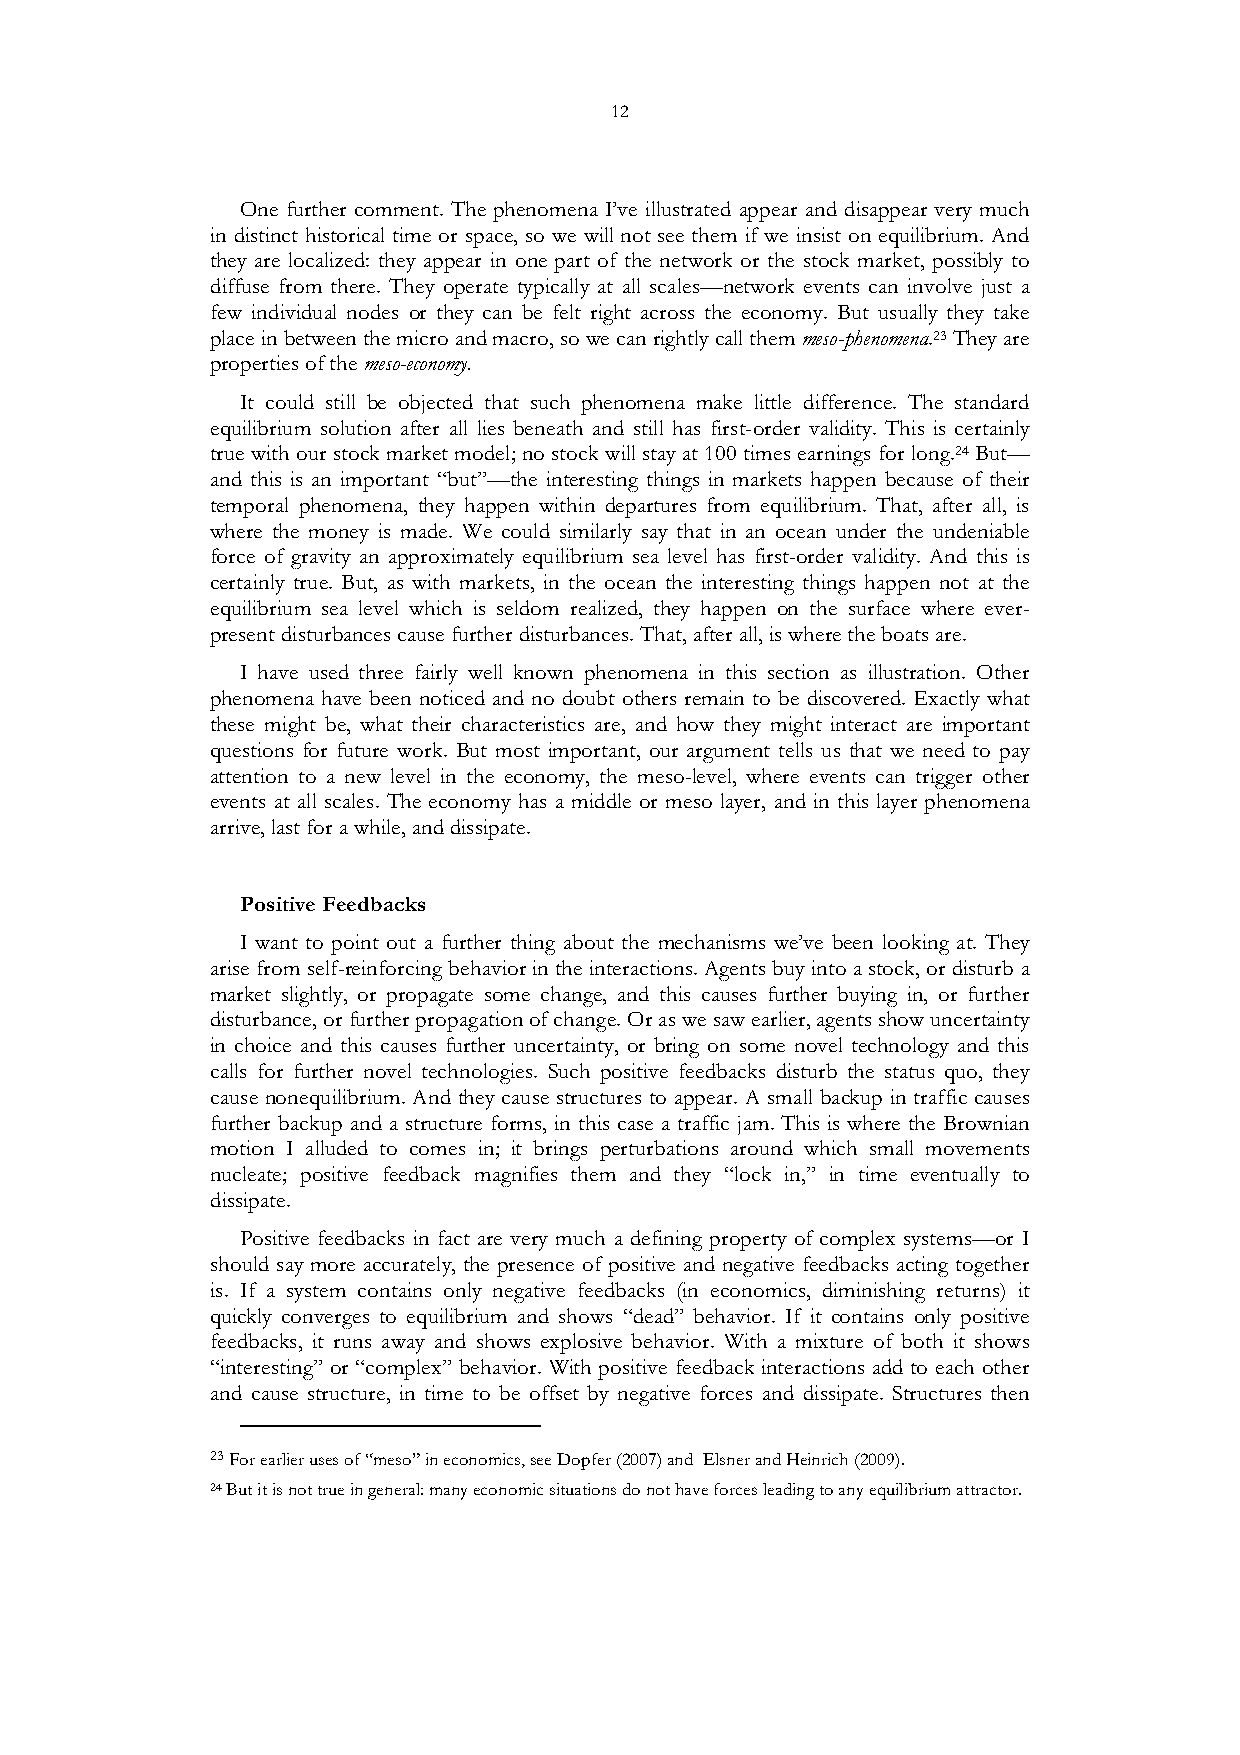
12
 One further comment. The phenomena I’ve illustrated appear and disappear very much
 in distinct historical time or space, so we will not see them if we insist on equilibrium. And
 they are localized: they appear in one part of the network or the stock market, possibly to
 diffuse from there. They operate typically at all scales—network events can involve just a
 few individual nodes or they can be felt right across the economy. But usually they take
 place in between the micro and macro, so we can rightly call them meso-phenomena.23 They are
 properties of the meso-economy.
 It could still be objected that such phenomena make little difference. The standard
 equilibrium solution after all lies beneath and still has first-order validity. This is certainly
 true with our stock market model; no stock will stay at 100 times earnings for long.24 But—
 and this is an important “but”—the interesting things in markets happen because of their
 temporal phenomena, they happen within departures from equilibrium. That, after all, is
 where the money is made. We could similarly say that in an ocean under the undeniable
 force of gravity an approximately equilibrium sea level has first-order validity. And this is
 certainly true. But, as with markets, in the ocean the interesting things happen not at the
 equilibrium sea level which is seldom realized, they happen on the surface where ever-
 present disturbances cause further disturbances. That, after all, is where the boats are.
 I have used three fairly well known phenomena in this section as illustration. Other
 phenomena have been noticed and no doubt others remain to be discovered. Exactly what
 these might be, what their characteristics are, and how they might interact are important
 questions for future work. But most important, our argument tells us that we need to pay
 attention to a new level in the economy, the meso-level, where events can trigger other
 events at all scales. The economy has a middle or meso layer, and in this layer phenomena
 arrive, last for a while, and dissipate.
 Positive Feedbacks
 I want to point out a further thing about the mechanisms we’ve been looking at. They
 arise from self-reinforcing behavior in the interactions. Agents buy into a stock, or disturb a
 market slightly, or propagate some change, and this causes further buying in, or further
 disturbance, or further propagation of change. Or as we saw earlier, agents show uncertainty
 in choice and this causes further uncertainty, or bring on some novel technology and this
 calls for further novel technologies. Such positive feedbacks disturb the status quo, they
 cause nonequilibrium. And they cause structures to appear. A small backup in traffic causes
 further backup and a structure forms, in this case a traffic jam. This is where the Brownian
 motion I alluded to comes in; it brings perturbations around which small movements
 nucleate; positive feedback magnifies them and they “lock in,” in time eventually to
 dissipate.
 Positive feedbacks in fact are very much a defining property of complex systems—or I
 should say more accurately, the presence of positive and negative feedbacks acting together
 is. If a system contains only negative feedbacks (in economics, diminishing returns) it
 quickly converges to equilibrium and shows “dead” behavior. If it contains only positive
 feedbacks, it runs away and shows explosive behavior. With a mixture of both it shows
 “interesting” or “complex” behavior. With positive feedback interactions add to each other
 and cause structure, in time to be offset by negative forces and dissipate. Structures then
 23 For earlier uses of “meso” in economics, see Dopfer (2007) and Elsner and Heinrich (2009).
 24 But it is not true in general: many economic situations do not have forces leading to any equilibrium attractor.